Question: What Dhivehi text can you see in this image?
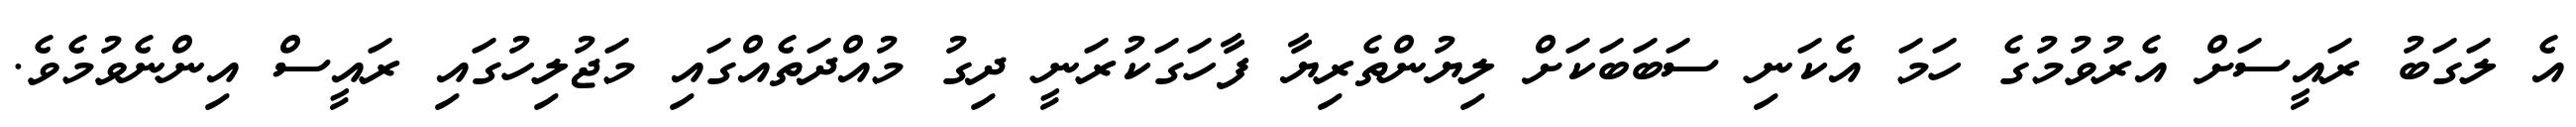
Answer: އެ ލަގަބު ރައީސަށް އެރުވުމުގެ ހަމަ އެކަނި ސަބަބަކަށް ލިޔުންތެރިޔާ ފާހަގަކުރަނީ ދިގު މުއްދަތެއްގައި މަޖުލިހުގައި ރައީސް އިންނެވުމެވެ.